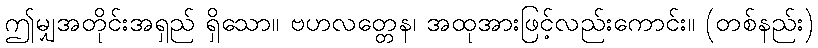
ဤမျှအတိုင်းအရှည် ရှိသော။ ဗဟလတ္တေန၊ အထုအားဖြင့်လည်းကောင်း။ (တစ်နည်း)